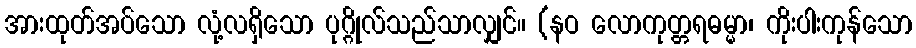
အားထုတ်အပ်သော လုံ့လရှိသော ပုဂ္ဂိုလ်သည်သာလျှင်။ (နဝ လောကုတ္တရဓမ္မာ၊ ကိုးပါးကုန်သော